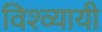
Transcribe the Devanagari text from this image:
विश्व्यायी